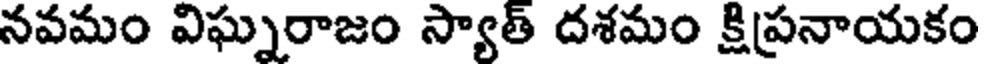
నవమం విఘ్నరాజం స్యాత్ దశమం క్షిప్రనాయకం